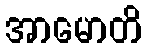
အာမောတိ